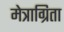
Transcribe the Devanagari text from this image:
मेत्राग्रिता